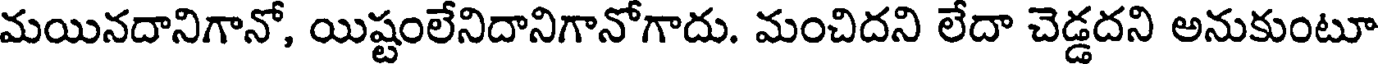
మయినదానిగానో, యిష్టంలేనిదానిగానోగాదు. మంచిదని లేదా చెడ్డదని అనుకుంటూ